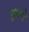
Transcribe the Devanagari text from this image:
हारवे